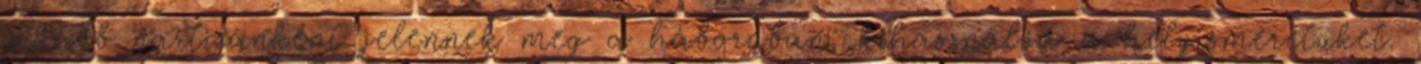
inkább partizánként jelennek meg a háborúban, kihasználva a helyismeretüket.